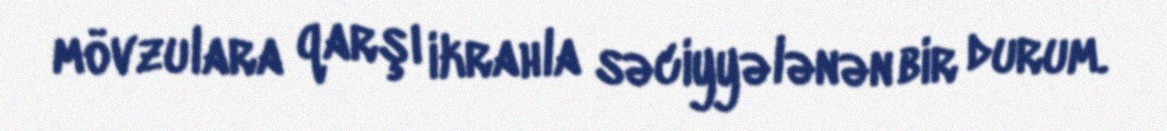
mövzulara qarşı ikrahla səciyyələnən bir durum.